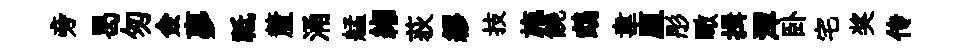
旁曷匆僉夣祗釐涌艋緗荻繆技施饒鵡韋厘彤瞰揖潭卧宅奖传